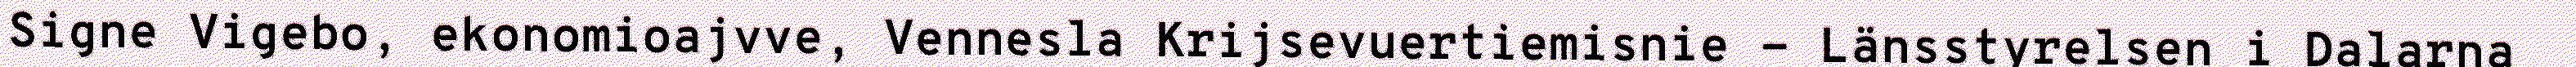
Signe Vigebo, ekonomioajvve, Vennesla Krijsevuertiemisnie - Länsstyrelsen i Dalarna